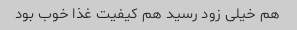
هم خیلی زود رسید هم کیفیت غذا خوب بود